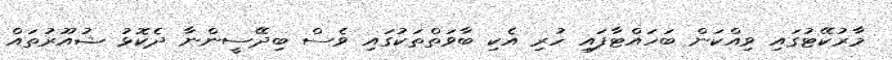
މާރުކޭޓުގައި ވިއްކަން ބަހައްޓާފައި ހުރި އެކި ބާވަތްތަކުގައި ވެސް ބިދޭސީންނާ ދެކޮޅު ޝުއޫރުތައް